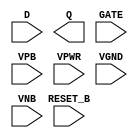
module sky130_fd_sc_hvl__dlrtp (
    //# {{data|Data Signals}}
    input  D      ,
    output Q      ,

    //# {{control|Control Signals}}
    input  RESET_B,

    //# {{clocks|Clocking}}
    input  GATE   ,

    //# {{power|Power}}
    input  VPB    ,
    input  VPWR   ,
    input  VGND   ,
    input  VNB
);
endmodule